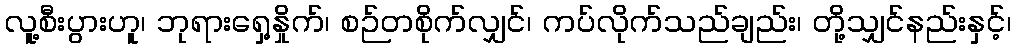
လူ့စီးပွားဟူ၊ ဘုရားရှေ့နှိုက်၊ စဉ်တစိုက်လျှင်၊ ကပ်လိုက်သည်ချည်း၊ တို့သျှင်နည်းနှင့်၊